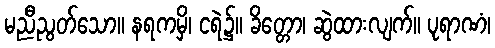
မညီညွတ်သော။ နရကမှိ၊ ငရဲ၌။ ခိတ္တော၊ ဆွဲထားလျက်။ ပုရာဏံ၊